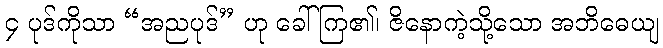
၄ ပုဒ်ကိုသာ “အညပုဒ်” ဟု ခေါ်ကြ၏၊ ဇိနောကဲ့သို့သော အဘိဓေယျ